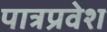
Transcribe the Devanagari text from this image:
पात्रप्रवेश